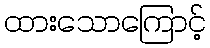
ထားသောကြောင့်